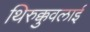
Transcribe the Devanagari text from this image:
थिरुक्कुवलाई